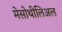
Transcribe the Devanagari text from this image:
मेसोथीलिअल